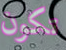
تكون